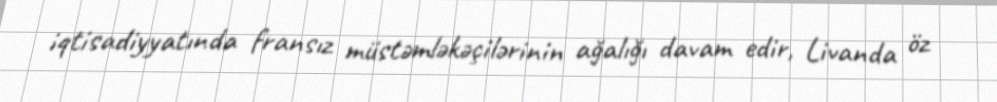
iqtisadiyyatında fransız müstəmləkəçilərinin ağalığı davam edir, Livanda öz